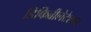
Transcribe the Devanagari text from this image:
डिफिब्रीलेटेशन